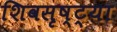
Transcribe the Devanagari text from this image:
शिवसृष्ट्या